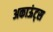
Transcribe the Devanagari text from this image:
अकाऊंट्‌स